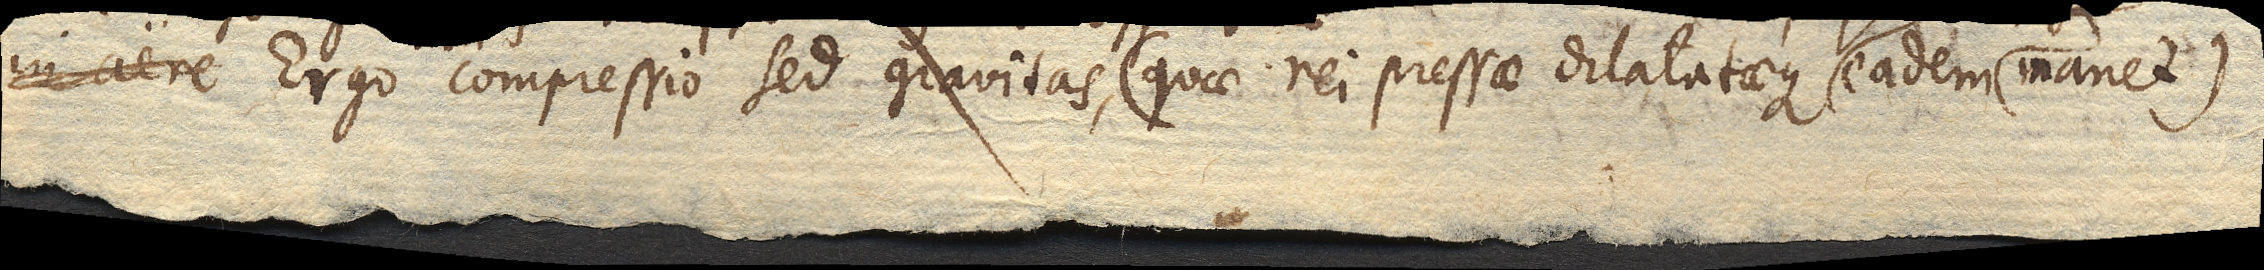
in aere Ergo compressio sed gravitas, (quae rei pressae dilatataeque eadem manet)